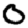
Digit: 0